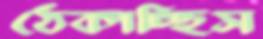
ঠেকাচ্ছিস